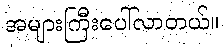
အများကြီးပေါ်လာတယ်။